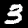
Label: 3